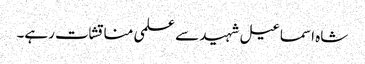
شاہ اسماعیل شہید سے علمی مناقشات رہے۔